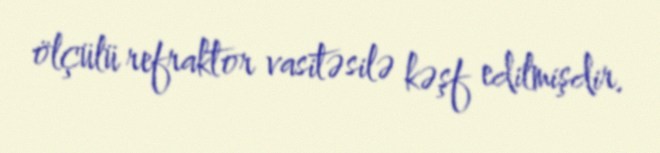
ölçülü refraktor vasitəsilə kəşf edilmişdir.